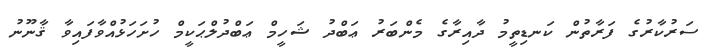
ސަރުކާރުގެ ފަރާތުން ކަނޑިތީމު ދާއިރާގެ މެންބަރު ޢަބްދު ޝަހީމް ޢަބްދުލްޙަކީމް ހުށަހަޅުއްވާފައިވާ ޤާނޫނު